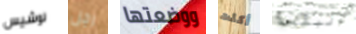
لوشيس رجل ووضعتها أكلت البقعة